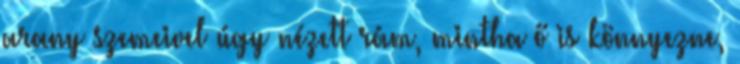
arany szemeivel úgy nézett rám, mintha ő is könnyezne,